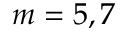
m = 5 , 7